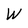
Character: W